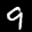
Label: 9